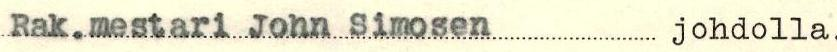
Rak.mestari John Simosen johdolla